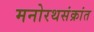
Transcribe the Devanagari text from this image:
मनोरथसंक्रांत